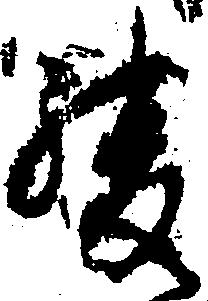
緩